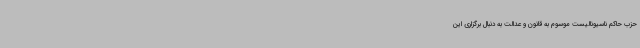
حزب حاکم ناسیونالیست موسوم به قانون و عدالت به دنبال برگزاری این